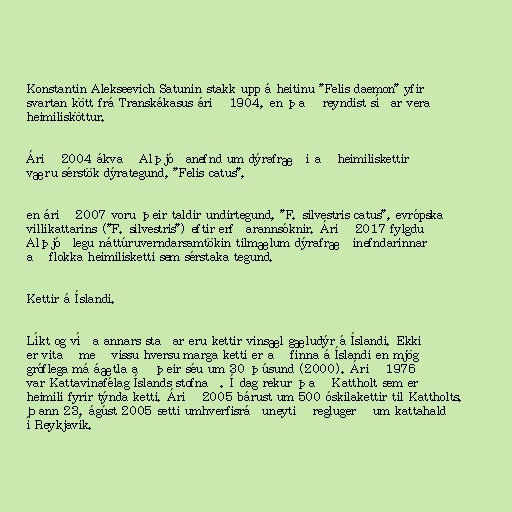
Konstantin Alekseevich Satunin stakk upp á heitinu "Felis daemon" yfir
svartan kött frá Transkákasus árið 1904, en það reyndist síðar vera
heimilisköttur.

Árið 2004 ákvað Alþjóðanefnd um dýrafræði að heimiliskettir
væru sérstök dýrategund, "Felis catus",

en árið 2007 voru þeir taldir undirtegund, "F. silvestris catus", evrópska
villikattarins ("F. silvestris") eftir erfðarannsóknir. Árið 2017 fylgdu
Alþjóðlegu náttúruverndarsamtökin tilmælum dýrafræðinefndarinnar
að flokka heimilisketti sem sérstaka tegund.

Kettir á Íslandi.

Líkt og víða annars staðar eru kettir vinsæl gæludýr á Íslandi. Ekki
er vitað með vissu hversu marga ketti er að finna á Íslandi en mjög
gróflega má áætla að þeir séu um 30 þúsund (2000). Árið 1976
var Kattavinafélag Íslands stofnað. Í dag rekur það Kattholt sem er
heimili fyrir týnda ketti. Árið 2005 bárust um 500 óskilakettir til Kattholts.
Þann 23. ágúst 2005 setti umhverfisráðuneytið reglugerð um kattahald
í Reykjavík.